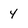
Character: 4